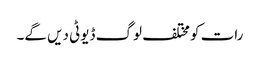
رات کو مختلف لوگ ڈیوٹی دیں گے۔